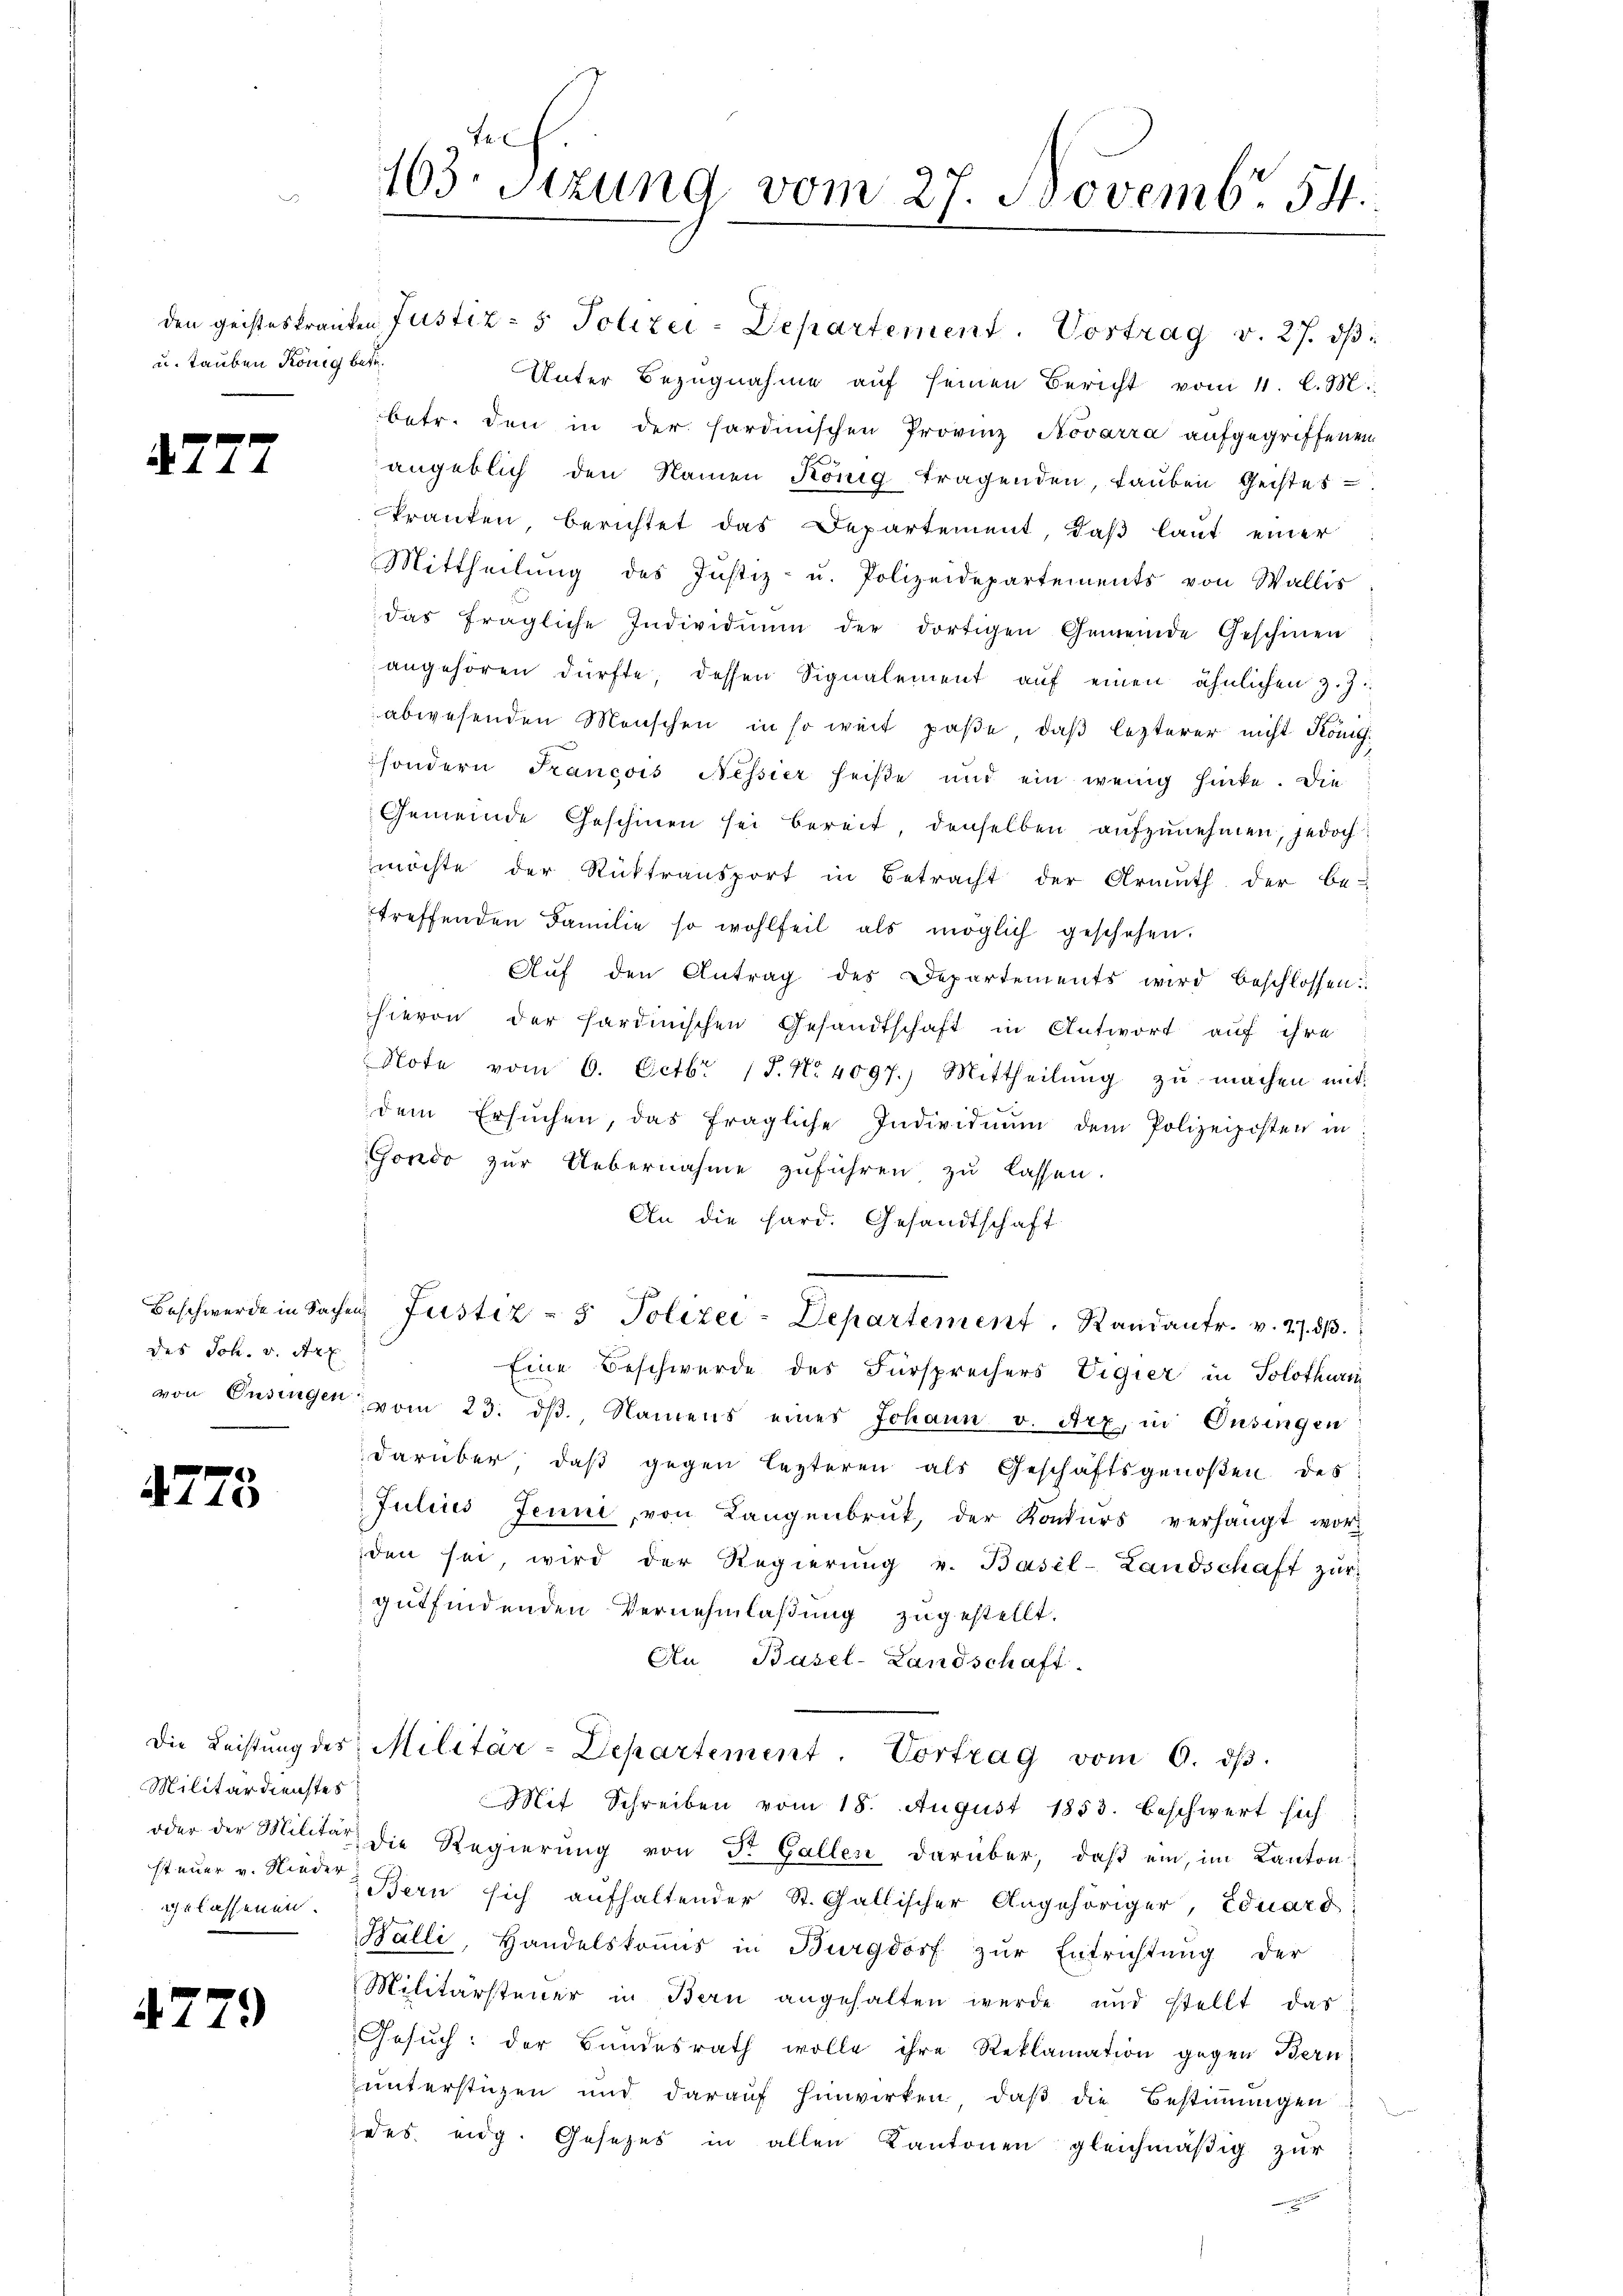
u. tauben König betr.

.

des Joh. v. Art

4723

Militärdienstes
steuer v. Nieder
gelassenen.

7

79

Fe
103. Sitzung vom 27. Novemb. 54

den geisteskranten Justiz- & Polizei-Departement. Vortrag v. 27. ds
Unter Bezugnahme aŭf seinen Bericht vom 11. l. M.
betr. den in der sardinischen Provinz Novarra aufgegriffenen
angeblich den Namen König tragenden, laŭben Geistes-
kranken berichtet das Departement, daß laut einer
Mittheilung des Justiz- u. Polizeidepartements von Wallis
das fragliche Individium der dortigen Gemeinde Geschien
angehören dürfte, dessen Signalement aŭf einen ähnlichen z. Z.
abwesenden Menschen in so weit paße, daß lezterer nicht König.
sondern Francois Nessier heiße und ein wenig hinke. Die
Gemeinde Geschinen sei bereit, denselben aufzunehmen, jedoch
möchte der Rücktransport in Betracht der Armuth der be-
treffenden Familie so wohlfeil als möglich geschehen.
Aŭf den Antrag des Departements wird beschlossen:
hievon der sardinischen Gesandtschaft in Antwort auf ihre
Note vom 6. Octbr. 17. No. 4097.) Mittheilŭng zŭ machen mit
dem Ersuchen, das fragliche Individuum dem Polizeiposten in
Gondo zur Uebernahme zuführen zu lassen.
An die Hard. Gesandtschaft
e
Beschwerde in Sachen Justiz- & Polizei-Departement. Standantr. v. 27. 513.
Eine Beschwerde des Fürsprechers Vigier in Solothurn
von Ensingen vom 23. dβ, Namens eines Johann v. Arz, in Onsingen
darüber daβ gegen lezteren als Geschäftsgenoßen des
Julius Jenne, von Langenbruk, der Konkurs verhängt wor
den sei, wird der Regierŭng u. Basel-Landschaft zŭr
gutfindenden Vernehmlaßung zugestellt.
An Basel-Landschaft.
Die Leistŭng des Militär-Departement. Vortrag vom 6. dβ.
Mit Schreiben vom 18. August 1853. beschwert sich
oder der Militär die Regierung von Dr. Gallen darüber, daß ein, im Kanton
Bern sich aufhaltender St. Gallischer Angehöriger, Eduard
Balli, Handelskoṁis in Burgdorf zŭr Entrichtung der
Militärsteuer in Bern angehalten werde und stellt das
Gesuch: der Bundesrath wolle ihre Reklamation gegen Bern
unterstigen und darauf hinwirken, daß die Bestimmungen
des eidg. Gesetzes in allen Kantonen gleichmäßig zŭr